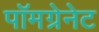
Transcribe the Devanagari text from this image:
पॉमग्रेनेट